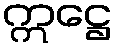
ဣဋ္ဌေ